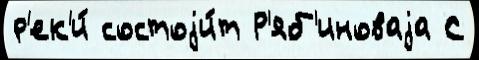
р'ек'и́ состоjи́т Р'яб'иноваjа С